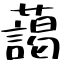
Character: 藹